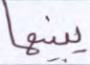
يبينها